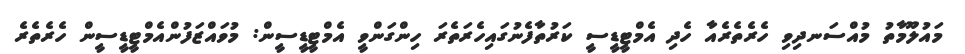
މައުލޫމާތު މުއްސަނދިވި ހެރެތެރެއާ ހެދި އެމްޓީޑީސީ ކަރުތާފެނުގައިހެރަތެރަ ހިންގަންވީ އެމްޓީޑީސީން: މުވައްޒަފުންއެމްޓީޑީސީން ހެރެތެރެ